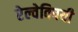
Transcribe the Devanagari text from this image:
रेल्वेविषयी